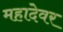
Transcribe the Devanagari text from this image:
महादेवर